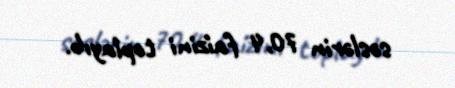
səslərin 70,4 faizini toplayıb.